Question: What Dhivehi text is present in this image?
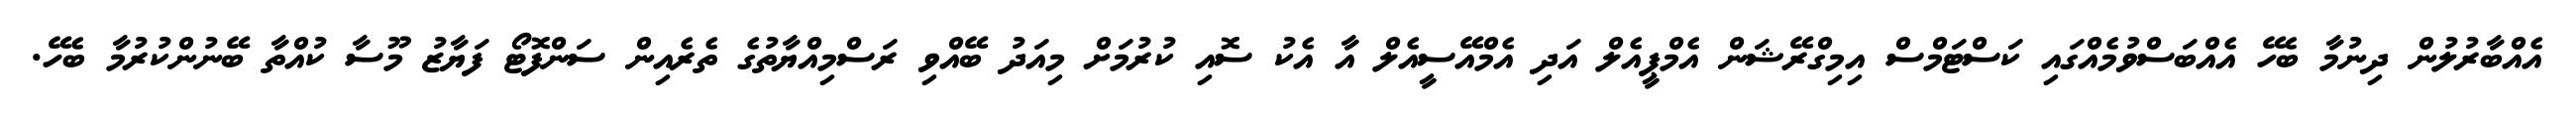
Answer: އެއްބާރުލުން ދިނުމާ ބެހޭ އެއްބަސްވުމެއްގައި ކަސްޓަމްސް އިމިގްރޭޝަން އެމްޕީއެލް އަދި އެމްއޭސީއެލް އާ އެކު ސޮއި ކުރުމަށް މިއަދު ބޭއްވި ރަސްމިއްޔާތުގެ ތެރެއިން ސަންފޮޓޯ ފަޔާޒު މޫސާ ކުއްތާ ބޭނުންކުރުމާ ބެހޭ.